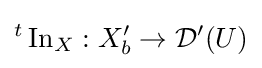
{}^{t}\operatorname {In} _{X}:X'_{b}\to {\mathcal {D}}^{\prime }(U)